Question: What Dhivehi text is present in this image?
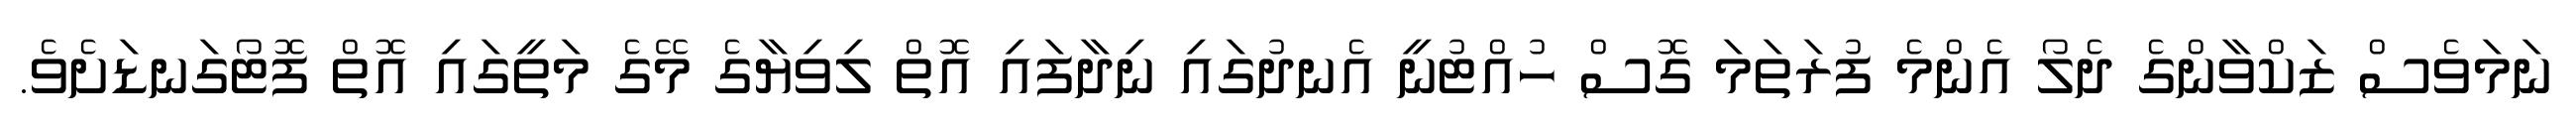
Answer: ނަމަވެސް ޒަކްވާންގެ ދެލޯ އެންމެ ފުރަތަމަ ގޮސް ހުއްޓުނީ އެނދުގައި ނިދާފައި އޮތް ލިވިޔާގެ މޭގެ މަތީގައި އޮތް ފޮޓޯގަނޑަށެވެ.